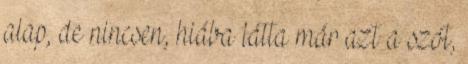
alap, de nincsen, hiába látta már azt a szót,